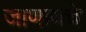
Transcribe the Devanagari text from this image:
जाणायचे